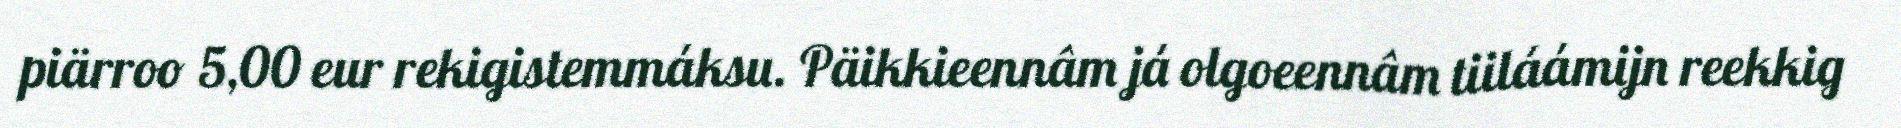
piärroo 5,00 eur rekigistemmáksu. Päikkieennâm já olgoeennâm tiiláámijn reekkig